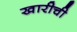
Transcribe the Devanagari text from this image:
खारीची